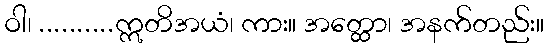
ဝါ၊ ..........ဣတိအယံ၊ ကား။ အတ္ထော၊ အနက်တည်း။